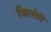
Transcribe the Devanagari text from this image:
जिल्लेमें